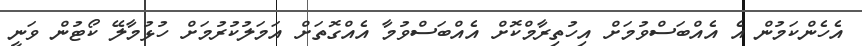
އެހެންކަމުން އެ އެއްބަސްވުމަށް އިހުތިރާމްކޮށް އެއްބަސްވުމާ އެއްގޮތަށް އަމަލުކުރުމަށް ހުޅުމާލޭ ކޯޓުން ވަނީ